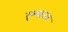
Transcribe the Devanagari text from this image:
दृश्याला